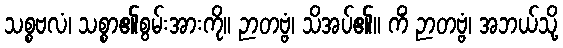
သစ္စဗလံ၊ သစ္စာ၏စွမ်းအားကို။ ဉာတဗ္ဗံ၊ သိအပ်၏။ ကိံ ဉာတဗ္ဗံ၊ အဘယ်သို့